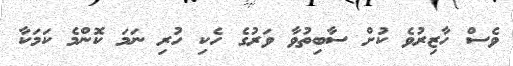
ވެސް ހާޒިރުވެ ކުށް ސާބިތުވާ ވަރުގެ ހެކި ހުރި ނަމަ ކޮންމެ ކަމަކާ